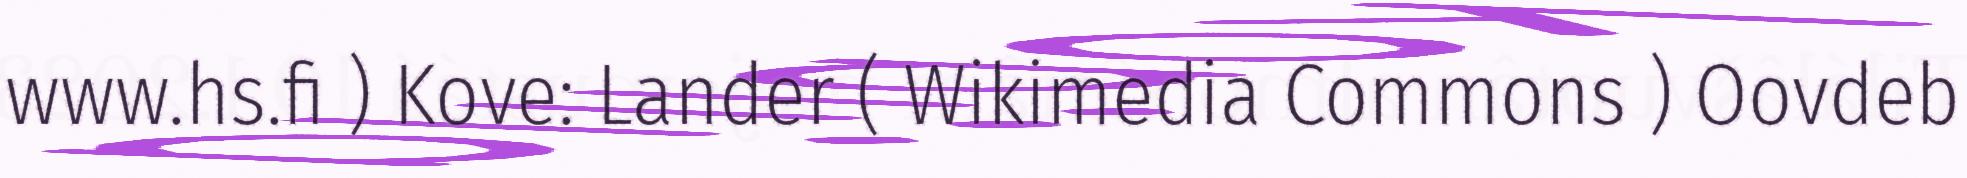
www.hs.fi ) Kove: Lander ( Wikimedia Commons ) Oovdeb